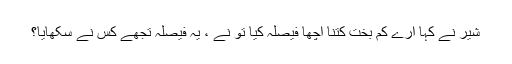
شیر نے کہا ارے کم بخت کتنا اچھا فیصلہ کیا تُو نے ، یہ فیصلہ تجھے کس نے سکھایا؟